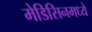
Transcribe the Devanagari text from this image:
मेडिसिनमध्ये